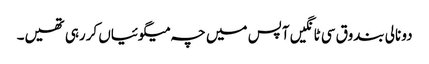
دو نالی بندوق سی ٹانگیں آپس میں چہ میگوئیاں کررہی تھیں۔